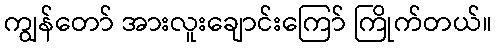
ကျွန်တော် အားလူးချောင်းကြော် ကြိုက်တယ်။